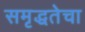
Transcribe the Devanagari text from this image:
समृद्धतेचा